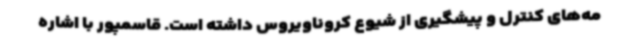
مه‌های کنترل و پیشگیری از شیوع کروناویروس داشته است. قاسمپور با اشاره